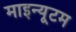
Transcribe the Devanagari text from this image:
माइन्यूटम